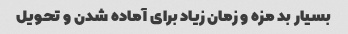
بسیار بد مزه و زمان زیاد برای آماده شدن و تحویل